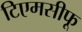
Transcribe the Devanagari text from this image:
टिएमसीफू